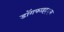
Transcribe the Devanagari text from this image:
डाॅगफाइट््स